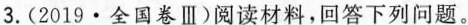
3.(2019·全国卷Ⅲ)阅读材料，回答下列问题。